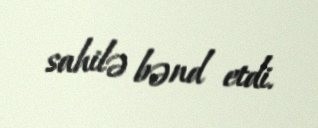
sahilə bənd etdi.